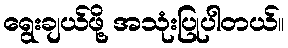
ရွေးချယ်ဖို့ အသုံးပြုပါတယ်။